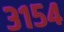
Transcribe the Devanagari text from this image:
३१५४